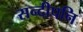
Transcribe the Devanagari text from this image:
सन्‍दीपनि